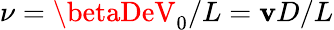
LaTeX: \nu=\betaDeV_{0}/L=\mathbf{v}D/L